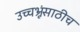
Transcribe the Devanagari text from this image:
उच्चभ्रूंसाठीच